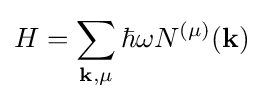
H=\sum _{\mathbf {k} ,\mu }\hbar \omega N^{(\mu )}(\mathbf {k} )